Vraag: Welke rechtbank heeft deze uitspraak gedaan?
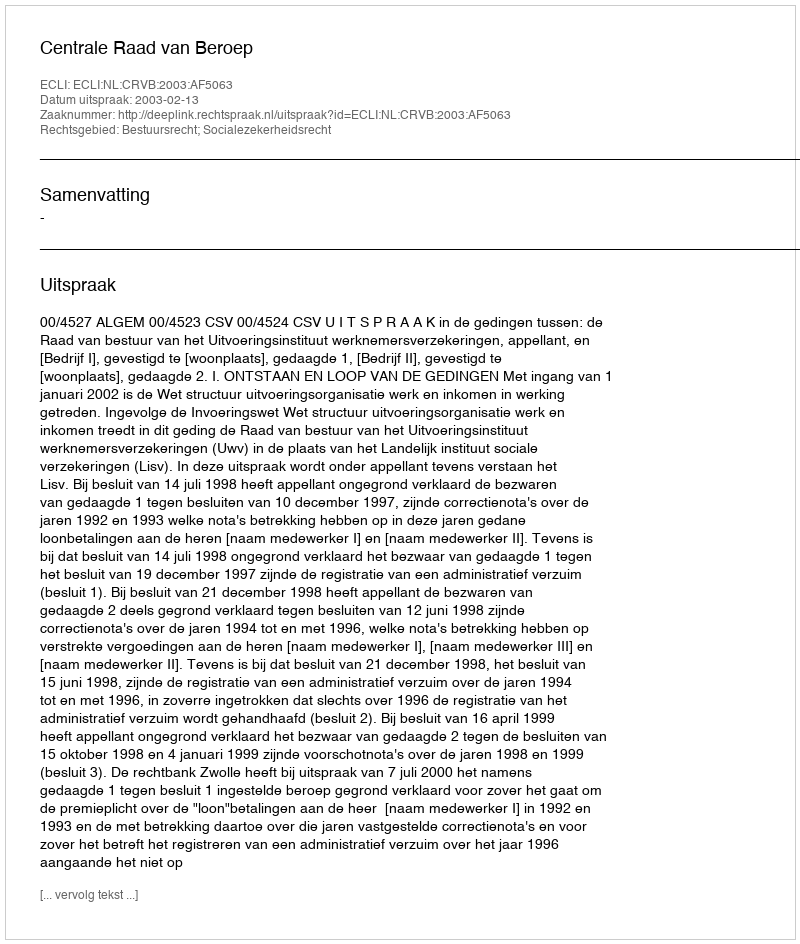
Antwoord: Centrale Raad van Beroep